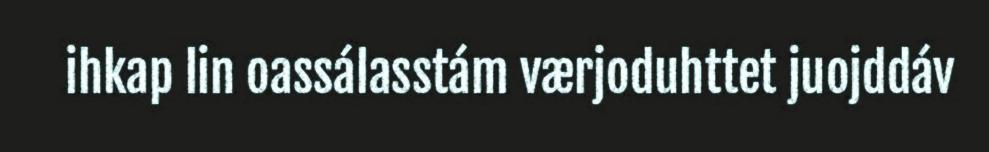
ihkap lin oassálasstám værjoduhttet juojddáv